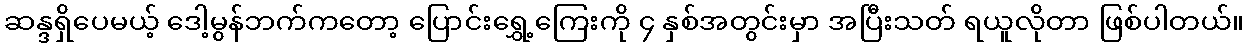
ဆန္ဒရှိပေမယ့် ဒေါ့မွန်ဘက်ကတော့ ပြောင်းရွှေ့ကြေးကို ၄ နှစ်အတွင်းမှာ အပြီးသတ် ရယူလိုတာ ဖြစ်ပါတယ်။